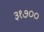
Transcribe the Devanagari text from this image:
३१७००